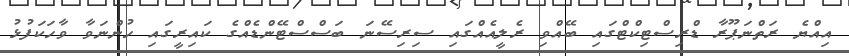
އިއްޔެ ރަތްނަޕޫރާ ޑްރިސްޓިކްޓްގައި ބޭއްވި ރެލީއެއްގައި ސިރިސޭނަ ބަސްސްޓޭންޑެއްގެ ކައިރީގައި ހުންނަވާ ވާހަކަފުޅު